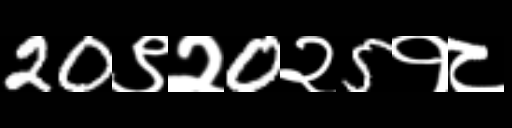
Text: 20९२0२5१८